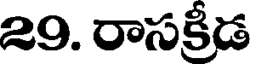
29. రాసక్రీడ